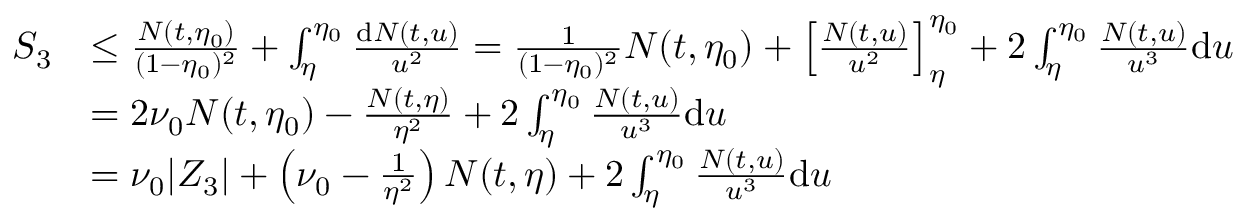
\begin{array} { r l } { S _ { 3 } } & { \le \frac { N ( t , \eta _ { 0 } ) } { ( 1 - \eta _ { 0 } ) ^ { 2 } } + \int _ { \eta } ^ { \eta _ { 0 } } \frac { \mathrm { d } N ( t , u ) } { u ^ { 2 } } = \frac { 1 } { ( 1 - \eta _ { 0 } ) ^ { 2 } } N ( t , \eta _ { 0 } ) + \left[ \frac { N ( t , u ) } { u ^ { 2 } } \right] _ { \eta } ^ { \eta _ { 0 } } + 2 \int _ { \eta } ^ { \eta _ { 0 } } \frac { N ( t , u ) } { u ^ { 3 } } \mathrm { d } u } \\ & { = 2 \nu _ { 0 } N ( t , \eta _ { 0 } ) - \frac { N ( t , \eta ) } { \eta ^ { 2 } } + 2 \int _ { \eta } ^ { \eta _ { 0 } } \frac { N ( t , u ) } { u ^ { 3 } } \mathrm { d } u } \\ & { = \nu _ { 0 } | Z _ { 3 } | + \left( \nu _ { 0 } - \frac { 1 } { \eta ^ { 2 } } \right) N ( t , \eta ) + 2 \int _ { \eta } ^ { \eta _ { 0 } } \frac { N ( t , u ) } { u ^ { 3 } } \mathrm { d } u } \end{array}